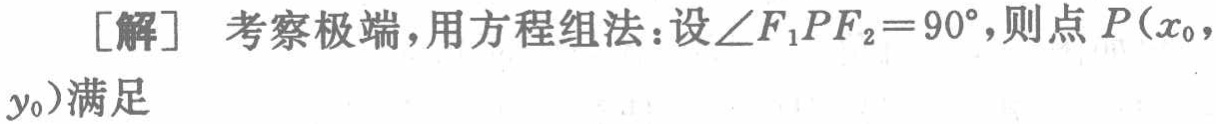
[解] 考察极端，用方程组法：设$\angle F_{1}PF_{2}=90^{\circ}$，则点$P(x_{0},y_{0})$满足